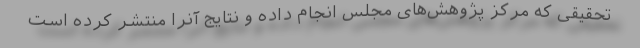
تحقیقی که مرکز پژوهش‌های مجلس انجام داده و نتایج آنرا منتشر کرده است